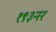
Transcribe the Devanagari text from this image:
१९३नर